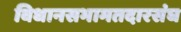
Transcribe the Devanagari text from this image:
विधानसभामतदारसंघ